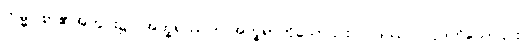
ကမ္မဝါစာ၏အတွင်း၌။ အက္ခရဿဝါ၊ အက္ခရာကိုသော်၎င်း။ ပဒဿဝါ၊ ပုဒ်ကိုသော်၎င်း။